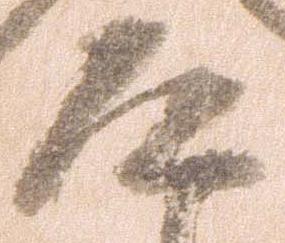
道